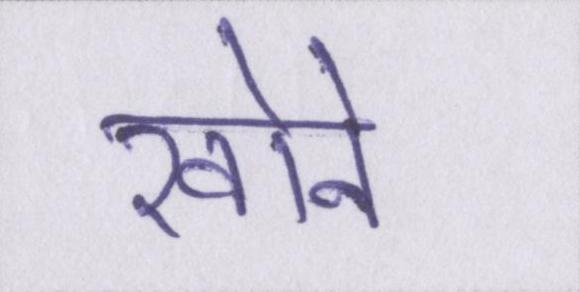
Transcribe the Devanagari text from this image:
खोने